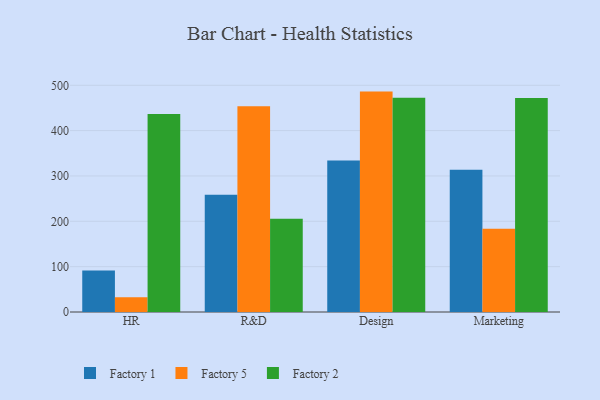
{"axis": {"x": "Department", "y": "Temperature (°C)"}, "legend": ["Factory 1", "Factory 2", "Factory 5"], "data": [{"x": "HR", "y": 91.5, "type": "Factory 1"}, {"x": "HR", "y": 32.8, "type": "Factory 5"}, {"x": "HR", "y": 436.7, "type": "Factory 2"}, {"x": "R&D", "y": 258.8, "type": "Factory 1"}, {"x": "R&D", "y": 453.7, "type": "Factory 5"}, {"x": "R&D", "y": 205.9, "type": "Factory 2"}, {"x": "Design", "y": 334.0, "type": "Factory 1"}, {"x": "Design", "y": 486.1, "type": "Factory 5"}, {"x": "Design", "y": 472.5, "type": "Factory 2"}, {"x": "Marketing", "y": 314.0, "type": "Factory 1"}, {"x": "Marketing", "y": 183.6, "type": "Factory 5"}, {"x": "Marketing", "y": 471.8, "type": "Factory 2"}]}